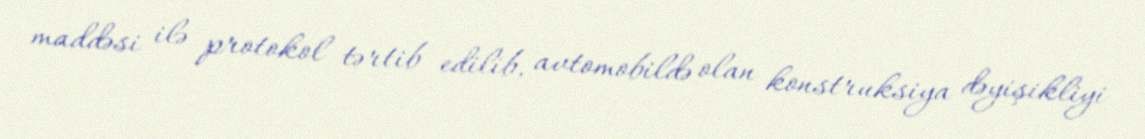
maddəsi ilə protokol tərtib edilib, avtomobildə olan konstruksiya dəyişikliyi